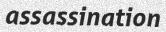
assassination